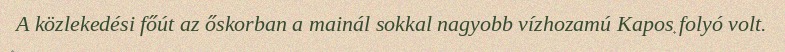
A közlekedési főút az őskorban a mainál sokkal nagyobb vízhozamú Kapos folyó volt.